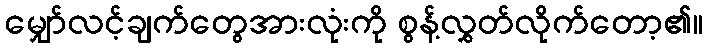
မျှော်လင့်ချက်တွေအားလုံးကို စွန့်လွှတ်လိုက်တော့၏။